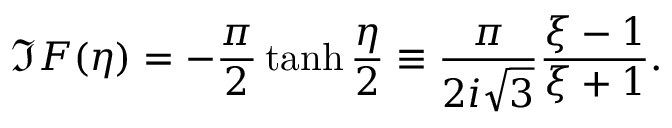
\Im F ( \eta ) = - \frac { \pi } { 2 } \operatorname { t a n h } \frac { \eta } { 2 } \equiv \frac { \pi } { 2 i \sqrt { 3 } } \frac { \xi - 1 } { \xi + 1 } .